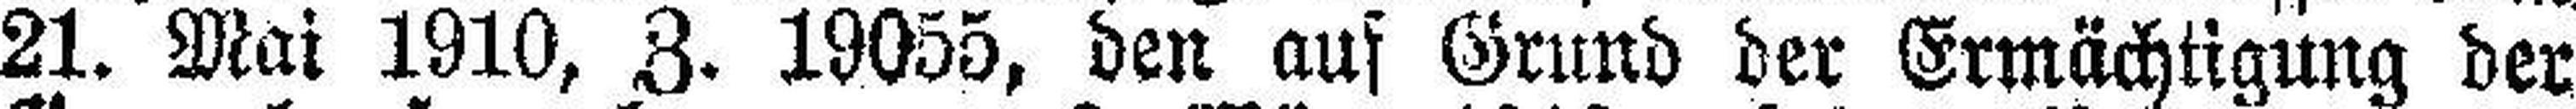
21. Mai 1910, Z. 19055, den aus Grund der Ermächtigung der